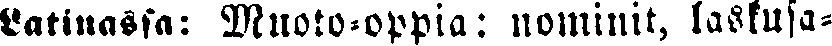
Latinassa: Muoto-oppia: nominit, laskusa-